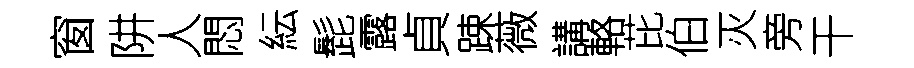
窗阱人悶紜髭露貞踈薇講輅芘伯灭旁干